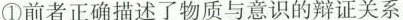
①前者正确描述了物质与意识的辩证关系